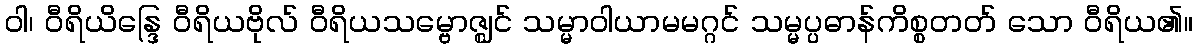
ဝါ၊ ဝီရိယိန္ဒြေ ဝီရိယဗိုလ် ဝီရိယသမ္ဗောဇ္ဈင် သမ္မာဝါယာမမဂ္ဂင် သမ္မပ္ပဓာန်ကိစ္စတတ် သော ဝီရိယ၏။